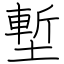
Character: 塹